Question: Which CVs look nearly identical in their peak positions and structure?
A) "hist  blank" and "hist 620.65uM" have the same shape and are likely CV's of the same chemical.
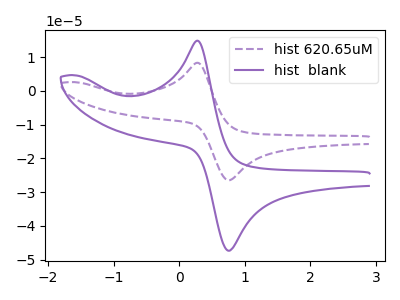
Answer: <think>The purple dashed curve "hist 620.65uM" has an anodic peak at (0.25V, 8.30uA) and a cathodic peak at (0.75V, -26.45uA). The purple curve "hist  blank" has an anodic peak at (0.25V, 14.85uA) and a cathodic peak at (0.75V, -47.30uA).
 All the peaks in "hist 620.65uM" have a peak in "hist  blank" at the same potential. Every peak in "hist 620.65uM" is lower than every peak in "hist  blank".</think>
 <answer>A) "hist  blank" and "hist 620.65uM" have the same shape and are likely CV's of the same chemical.</answer>
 <eval>A</eval>